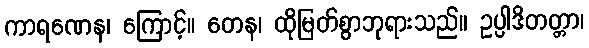
ကာရဏေန၊ ကြောင့်။ တေန၊ ထိုမြတ်စွာဘုရားသည်။ ဥပ္ပါဒိတတ္တာ၊